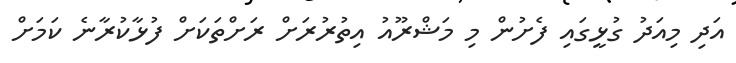
އަދި މިއަދު ގުޅީގައި ފެށުން މި މަޝްރޫއު އިތުރުރަށް ރަށްތަކަށް ފުޅާކުރާނެ ކަމަށް